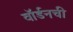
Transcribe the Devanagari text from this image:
वॉर्डनची